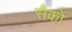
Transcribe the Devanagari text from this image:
सैकों